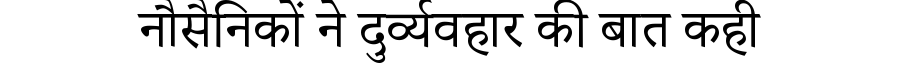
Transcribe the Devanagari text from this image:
नौसैनिकों ने दुर्व्यवहार की बात कही